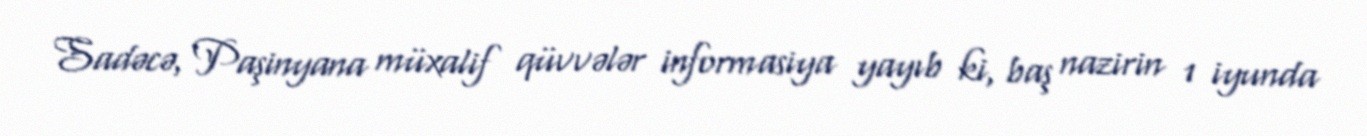
Sadəcə, Paşinyana müxalif qüvvələr informasiya yayıb ki, baş nazirin 1 iyunda